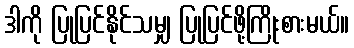
ဒါကို ပြုပြင်နိုင်သမျှ ပြုပြင်ဖို့ကြိုးစားမယ်။